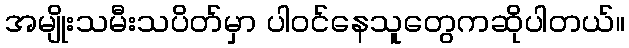
အမျိုးသမီးသပိတ်မှာ ပါဝင်နေသူတွေကဆိုပါတယ်။